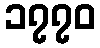
၁၇၇၀